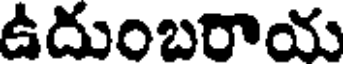
ఉదుంబరాయ